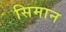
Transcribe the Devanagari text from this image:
सिमान